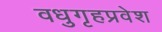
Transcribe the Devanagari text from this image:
वधुगृहप्रवेश